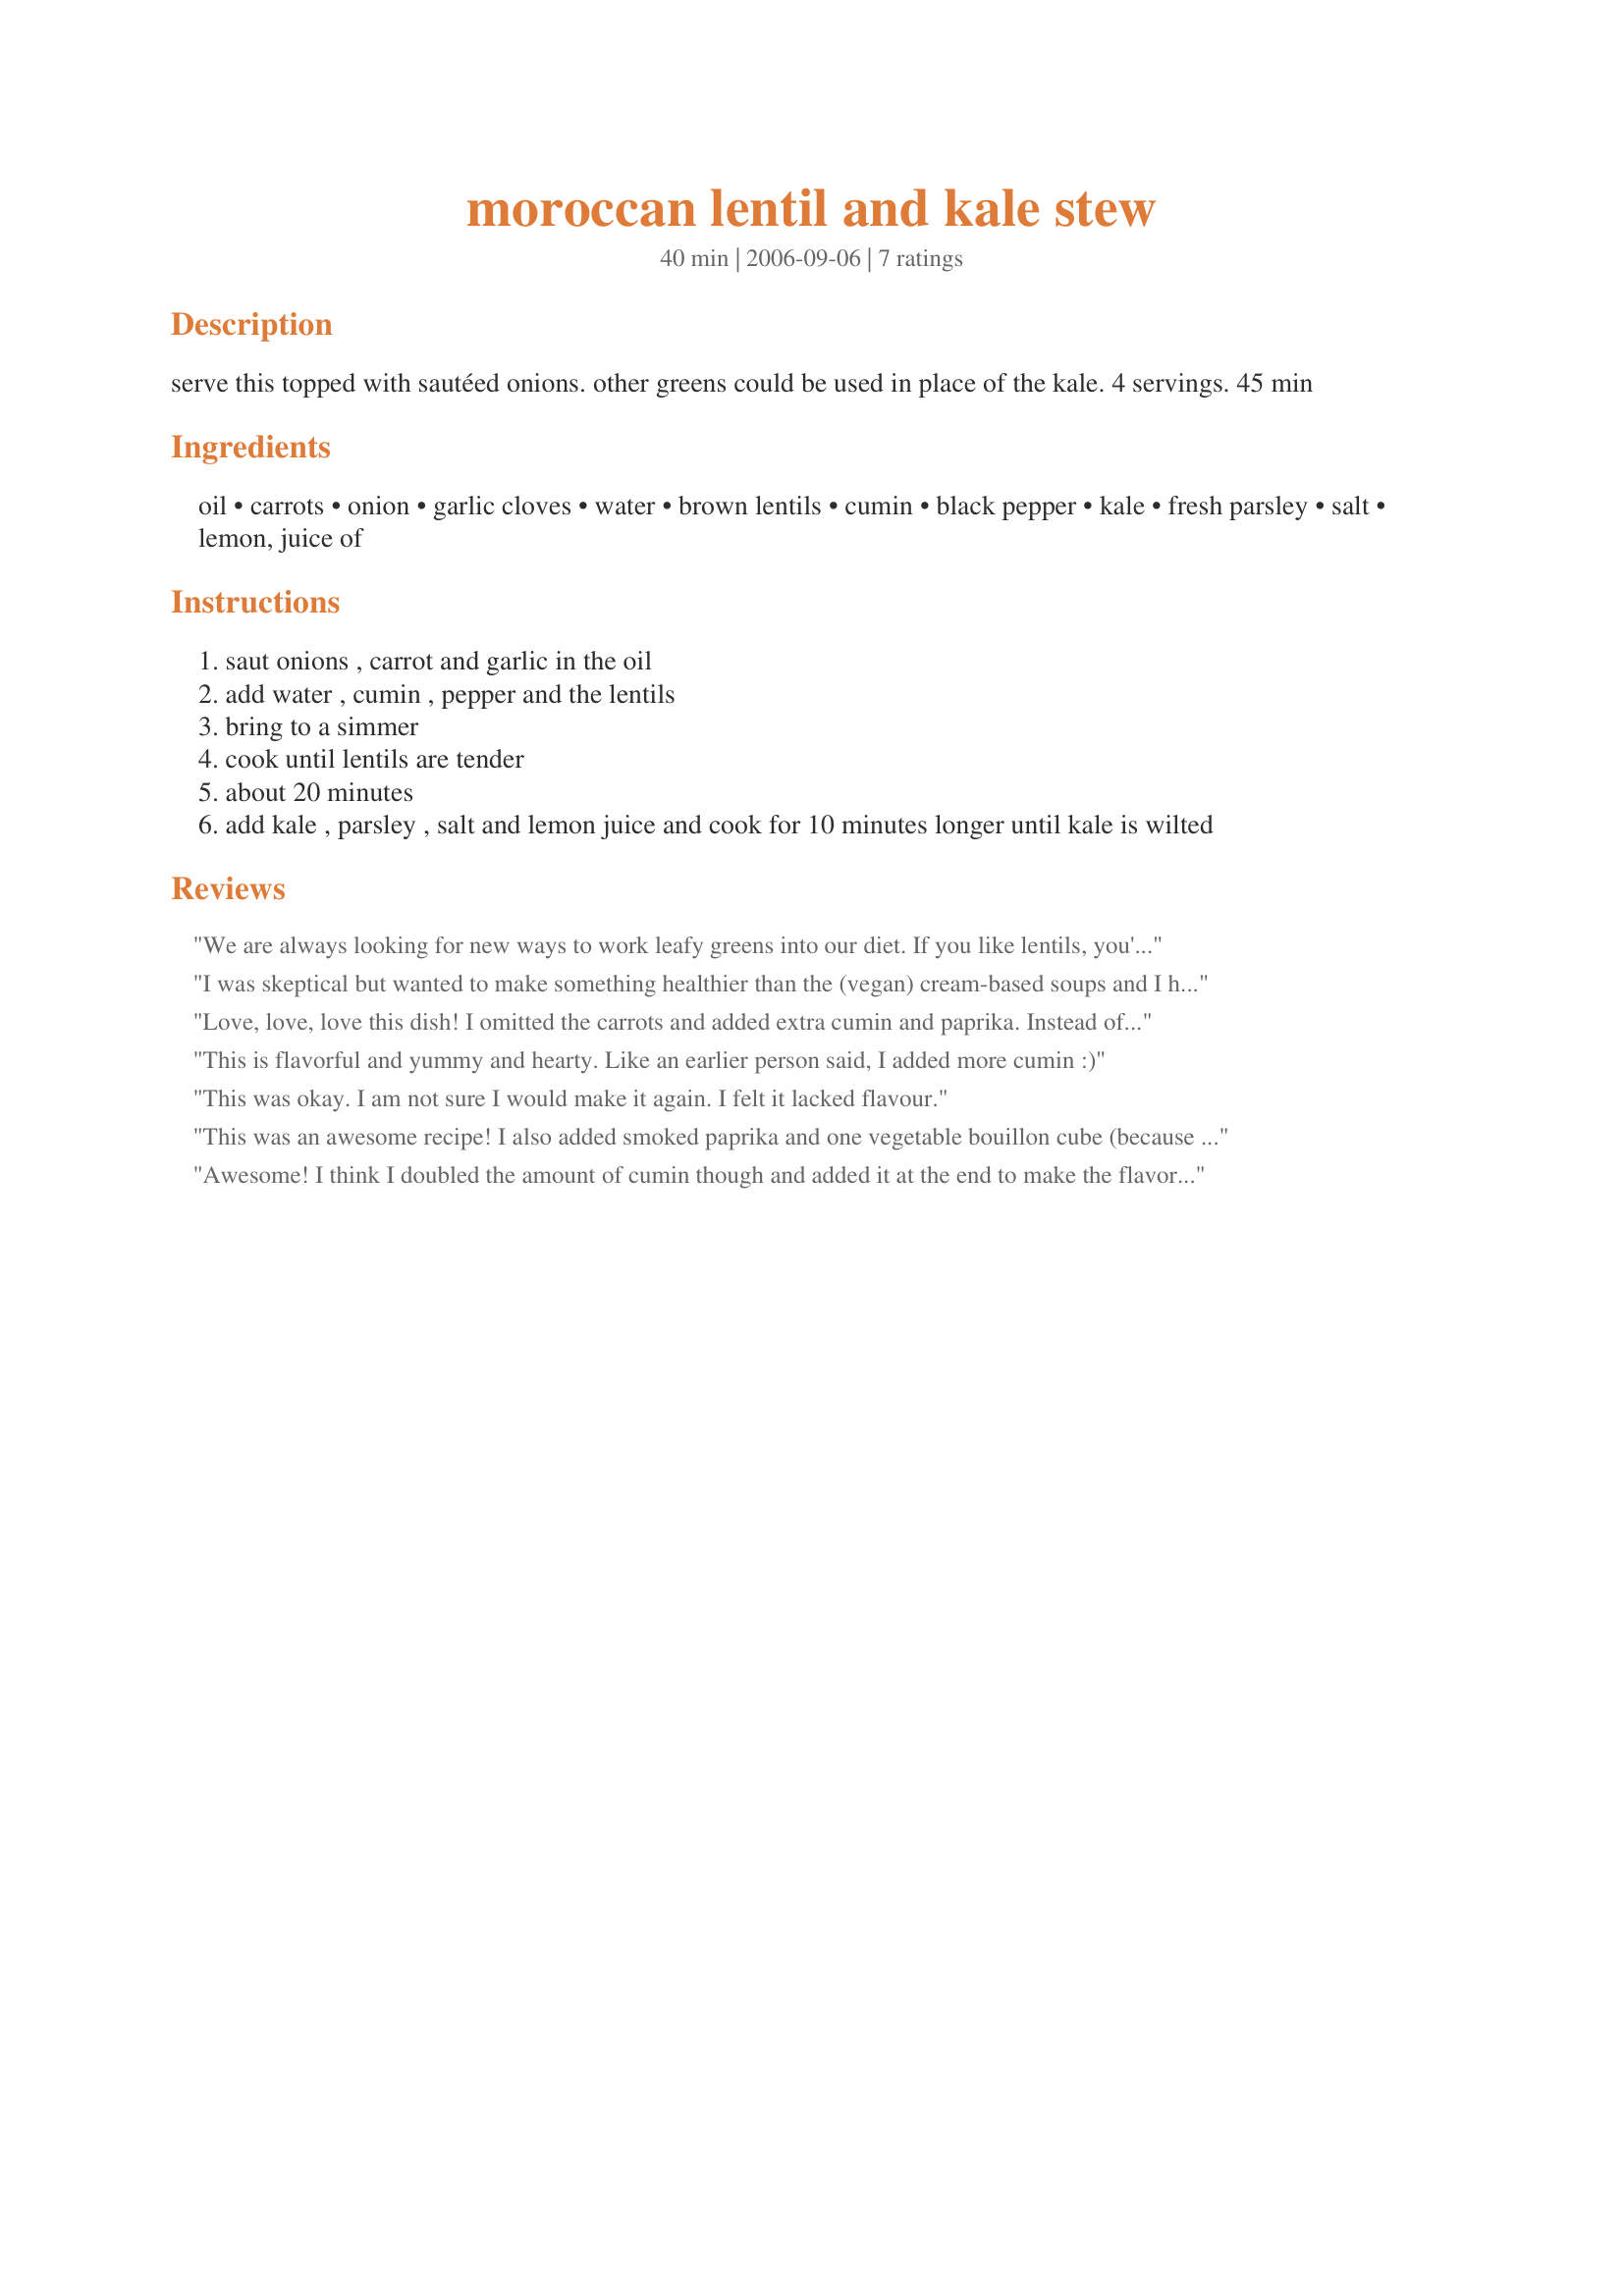
moroccan lentil and kale stew
Preparation time: 40 minutes

serve this topped with sautéed onions. other greens could be used in place of the kale. 4 servings. 45 min

Ingredients:
oil, carrots, onion, garlic cloves, water, brown lentils, cumin, black pepper, kale, fresh parsley, salt, lemon, juice of

Steps:
saut onions , carrot and garlic in the oil
add water , cumin , pepper and the lentils
bring to a simmer
cook until lentils are tender
about 20 minutes
add kale , parsley , salt and lemon juice and cook for 10 minutes longer until kale is wilted

Reviews:
We are always looking for new ways to work leafy greens into our diet. If you like lentils, you'll like this recipe. From past experience with lentil recipes, we used a mix of vegetable broth and water and go heavy on the spices. Outstanding!
I was skeptical but wanted to make something healthier than the (vegan) cream-based soups and I had both lentils and kale in the house. Wow, this was really easy to make and delicious, to boot. Total convert...definitely a keeper.
Love, love, love this dish! I omitted the carrots and added extra cumin and paprika. Instead of chicken broth, I used plain water. To finish the dish off, I sauteed half an onion in a little oil, added cumin seeds and red chili pepper flakes, and added this oil mixture to the stew. Perfection :)
This is flavorful and yummy and hearty. Like an earlier person said, I added more cumin :)
This was okay. I am not sure I would make it again. I felt it lacked flavour.
This was an awesome recipe! I also added smoked paprika and one vegetable bouillon cube (because I didn&#039;t have any broth) which really kicked up the flavor. If you add the cube, you don&#039;t really need any salt!
Awesome! I think I doubled the amount of cumin though and added it at the end to make the flavor stronger.
